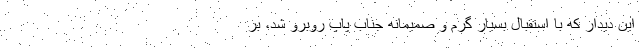
این دیدار که با استقبال بسیار گرم و صمیمانه جناب پاپ روبرو شد، بر